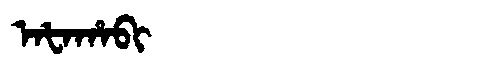
Manchu: ᠠᡶᠠᡥᠠᠪᡳ
Romanization: AFAHABI